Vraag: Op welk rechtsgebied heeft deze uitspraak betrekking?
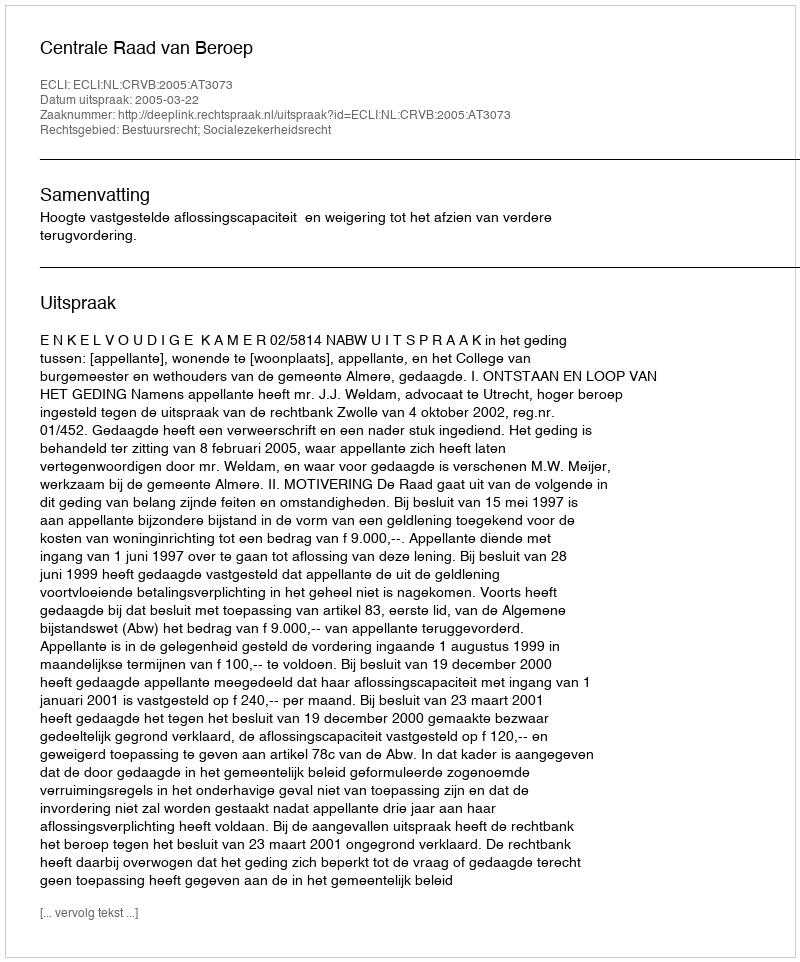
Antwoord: Bestuursrecht; Socialezekerheidsrecht